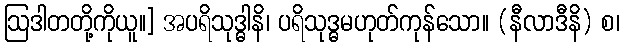
ဩဒါတတို့ကိုယူ။] အပရိသုဒ္ဓါနိ၊ ပရိသုဒ္ဓမဟုတ်ကုန်သော။ (နီလာဒီနိ) စ၊